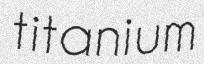
titanium